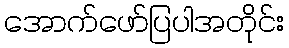
အောက်ဖော်ပြပါအတိုင်း